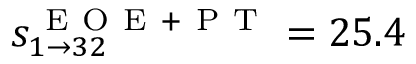
s _ { 1 \rightarrow 3 2 } ^ { \mathrm { ~ E ~ O ~ E ~ + ~ P ~ T ~ } } = 2 5 . 4